Rules regarding the measures to be adopted on the outbreak of cholera or appearance of small-pox
Disease focus: Cholera
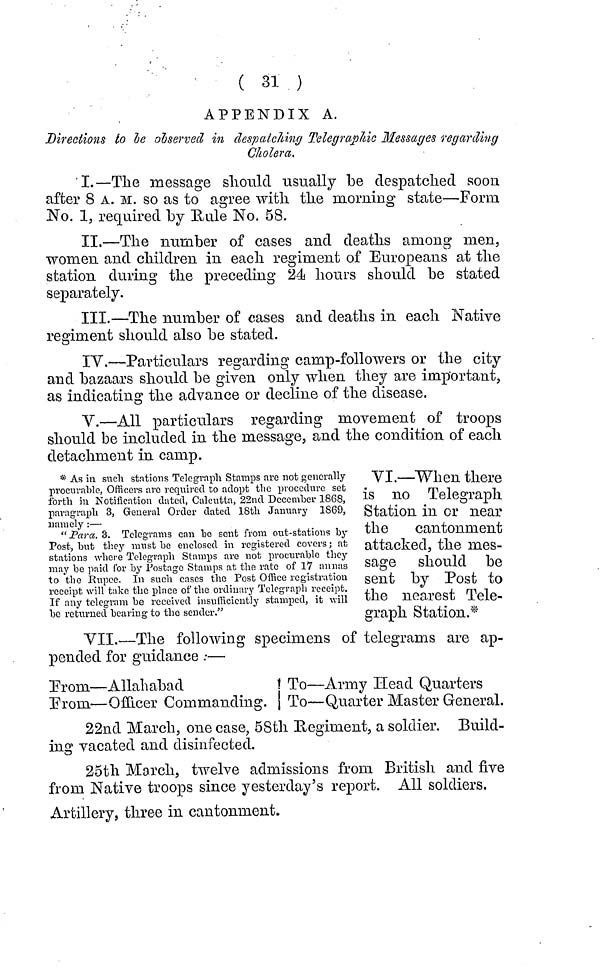
( 31 )
APPENDIX A.
Directions to be observed in despatching Telegraphic Messages regarding
Cholera.
I.—The message should usually be despatched soon
after 8 A. M. so as to agree with the morning state—Form
No. 1, required by Hule No. 58.
II.—The number of cases and deaths among men,
women and children in each regiment of Europeans at the
station during the preceding 24 hours should be stated
separately.
III.—The number of cases and deaths in each Native
regiment should also be stated.
IV.—Particulars regarding camp-followers or the city
and bazaars should be given only when they are important,
as indicating the advance or decline of the disease.
V.—All particulars regarding movement of troops
should be included in the message, and the condition of each
detachment in camp.
* As in such stations Telegraph Stamps arc not generally
procurable, Officers are required to adopt the procedure set
forth in Notification dated, Calcutta, 22nd December 1868,
paragraph 3, General Order dated 18th January 1869,
namely :—
"Para. 3. Telegrams can be sent from out-stations by
Post, but they must be enclosed in registered covers ; at
stations where Telegraph Stamps are not procurable they
may be paid for by Postage Stamps at the rate of 17 annas
to the Rupee. In such cases the Post Office registration
receipt will take the place of the ordinary Telegraph receipt.
If any telegram be received insufficiently stamped, it will
be returned bearing to the sender."
VI.—When there
is no Telegraph
Station in or near
the
cantonment
attacked, the mes-
sage should be
sent by Post to
the nearest Tele-
graph Station.*
VII.—The following specimens of telegrams are ap-
pended for guidance .·—
From—Allahabad
To—Army Head Quarters
From—Officer Commanding. To—Quarter Master General.
22nd March, one case, 58th Reginient, a soldier. Build-
ing vacated and disinfected.
25th March, twelve admissions from British and five
from Native troops since yesterday's report. All soldiers.
Artillery, three in cantonment.